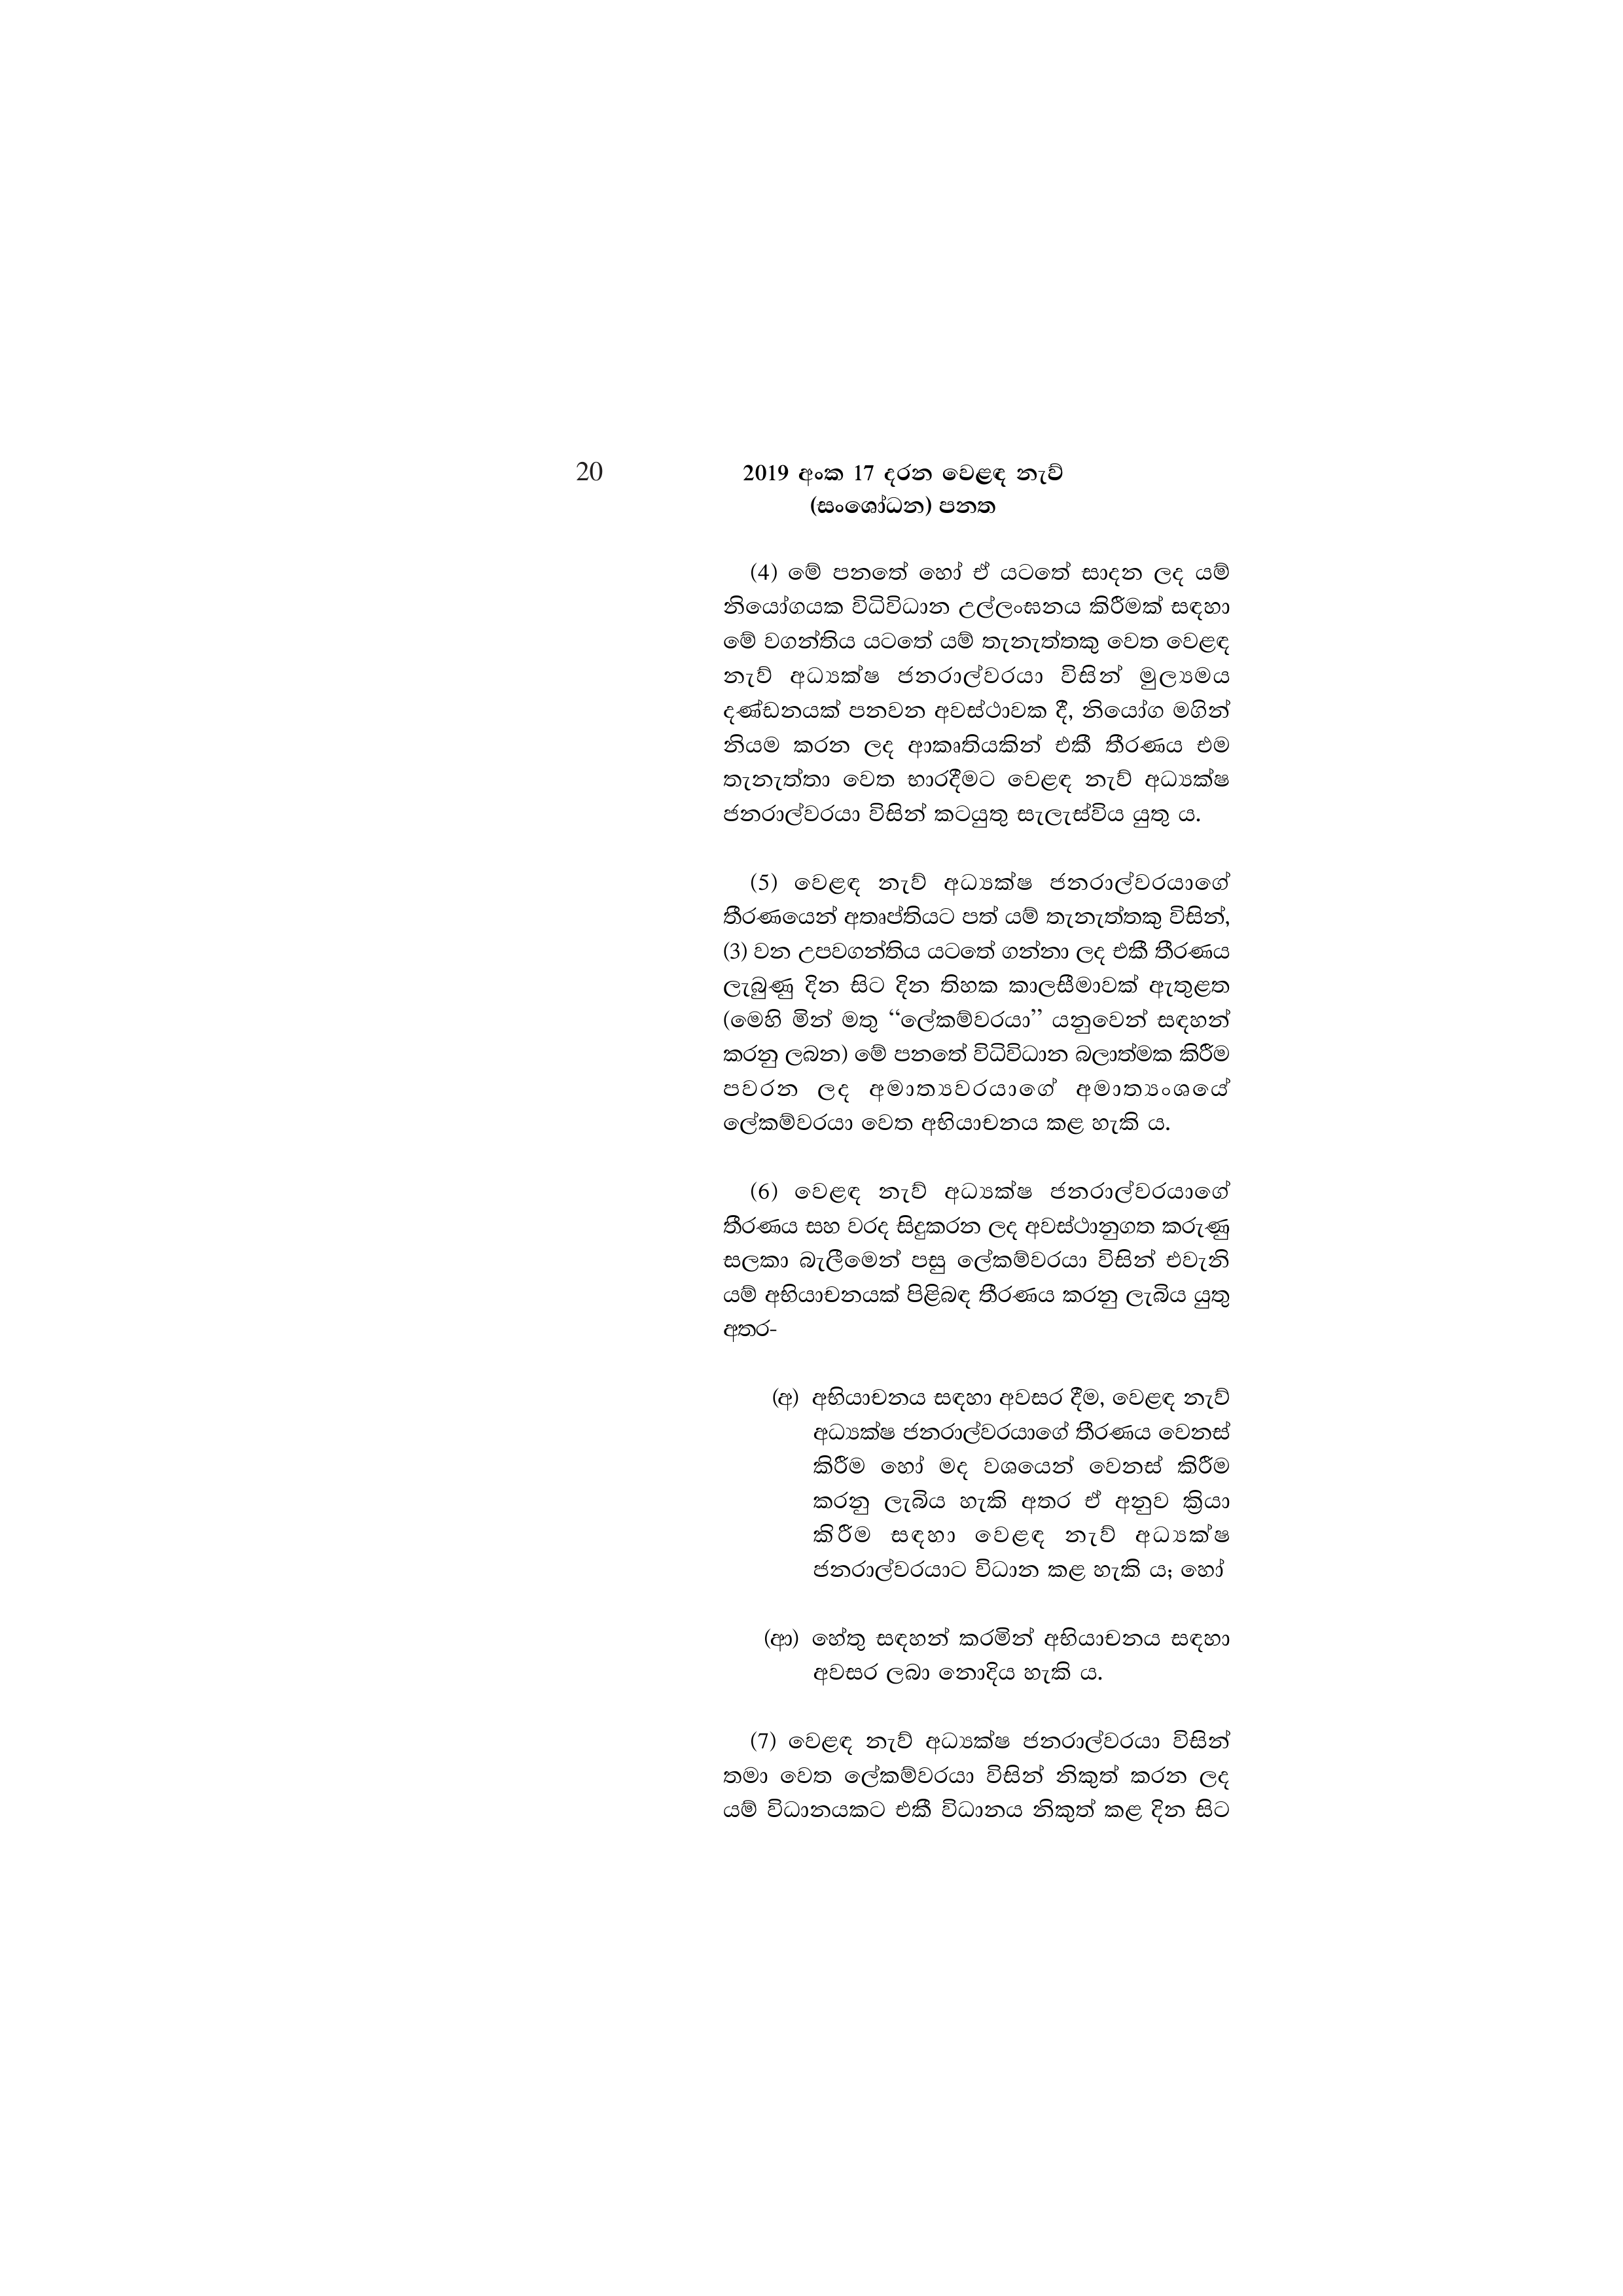
20 2019 අංක 17 දරන වෙළඳ නැව්
(සංශෝධන) පනත

(4) මේ පනතේ හෝ ඒ යටතේ සාදන ලද යම්
නියෝගයක විධිවිධාන උල්ලංඝනය කිරීමක් සඳහා
මේ වගන්තිය යටතේ යම් තැනැත්තකු වෙත වෙළඳ
නැව් අධ්‍යක්ෂ ජනරාල්වරයා විසින් මුල්‍යමය
දණ්ඩනයක් පනවන අවස්ථාවක දී, නියෝග මගින්
නියම කරන ලද ආකෘතියකින් එකී තීරණය එම
තැනැත්තා වෙත භාරදීමට වෙළඳ නැව් අධ්‍යක්ෂ
ජනරාල්වරයා විසින් කටයුතු සැලැස්විය යුතු ය.

(5) වෙළඳ නැව් අධ්‍යක්ෂ ජනරාල්වරයාගේ
තීරණයෙන් අතෘප්තියට පත් යම් තැනැත්තකු විසින්,
(3) වන උපවගන්තිය යටතේ ගන්නා ලද එකී තීරණය
ලැබුණු දින සිට දින තිහක කාලසීමාවක් ඇතුළත
(මෙහි මින් මතු “ලේකම්වරයා” යනුවෙන් සඳහන්
කරනු ලබන) මේ පනතේ විධිවිධාන බලාත්මක කිරීම
පවරන ලද අමාත්‍යවරයාගේ අමාත්‍යංශයේ
ලේකම්වරයා වෙත අභියාචනය කළ හැකි ය.

(6) වෙළඳ නැව් අධ්‍යක්ෂ ජනරාල්වරයාගේ
තීරණය සහ වරද සිදුකරන ලද අවස්ථානුගත කරුණු
සලකා බැලීමෙන් පසු ලේකම්වරයා විසින් එවැනි
යම් අභියාචනයක් පිළිබඳ තීරණය කරනු ලැබිය යුතු
අතර-

(අ) අභියාචනය සඳහා අවසර දීම, වෙළඳ නැව්
අධ්‍යක්ෂ ජනරාල්වරයාගේ තීරණය වෙනස්
කිරීම හෝ මද වශයෙන් වෙනස් කිරීම
කරනු ලැබිය හැකි අතර ඒ අනුව ක්‍රියා
කිරීම සඳහා වෙළඳ නැව් අධ්‍යක්ෂ
ජනරාල්වරයාට විධාන කළ හැකි ය; හෝ

(ආ) හේතු සඳහන් කරමින් අභියාචනය සඳහා
අවසර ලබා නොදිය හැකි ය.

(7) වෙළඳ නැව් අධ්‍යක්ෂ ජනරාල්වරයා විසින්
තමා වෙත ලේකම්වරයා විසින් නිකුත් කරන ලද
යම් විධානයකට එකී විධානය නිකුත් කළ දින සිට